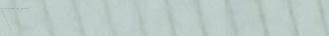
أكثر من 500 نوع من الحلوي